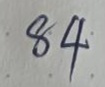
84